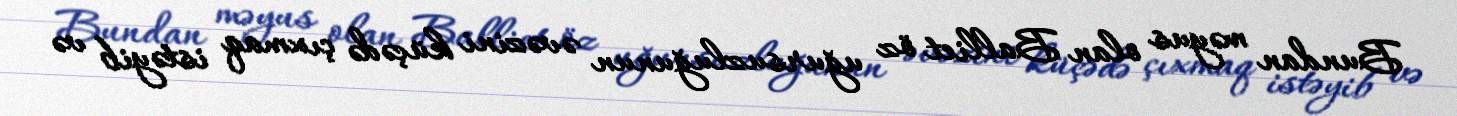
Bundan məyus olan Balliet öz uğursuzluğunun əvəzini küçədə çıxmaq istəyib və